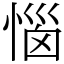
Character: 惱